Report on the working of the Ranchi Indian Mental Hospital, Kanke, in Bihar and Orissa - 1930-1940
Year: 1930
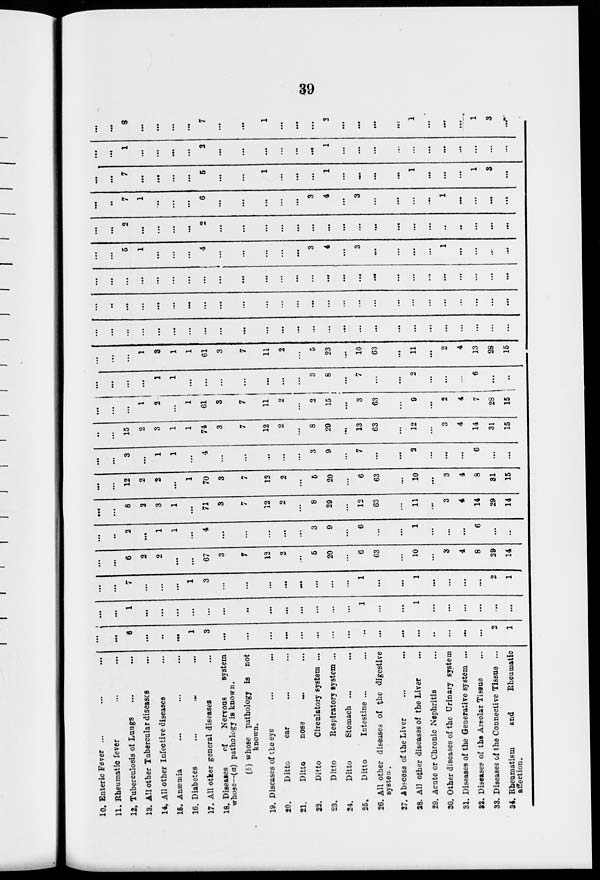
39
10. Enteric Fever ... ... ...
11. Rheumatic fever ... ...
12. Tuberculosis of Lungs ... ...
13. All other Tubercular diseases ...
14. All other Infective diseases ...
15. Anæmia ... ... ...
16. Diabetes ... ... ...
17. All other general diseases ...
18. Diseases
of
Nervous
system
whose—(a) pathology is known.
(b) whose pathology is not
known.
19. Diseases of the eye ... ...
20.
Ditto
ear ... ...
21.
Ditto
nose ... ...
22.
Ditto
Circulatory system ...
23.
Ditto
Respiratory system ...
24.
Ditto
Stomach ... ...
25.
Ditto
Intestine ... ...
26. All other diseases of the digestive
system.
27. Abscess of the Liver ... ...
28. All other diseases of the Liver ...
29. Acute or Chronic Nephritis ...
30. Other diseases of the Urinary system
31. Diseases of the Generative system ...
32. Diseases of the Areolar Tissue ...
33. Diseases of the Connective Tissue ...
34. Rheumatism
and
Rheumatic
affection.
...
...
6
...
...
...
1
3
...
...
...
...
...
...
...
...
...
...
...
...
...
...
...
...
2
1
...
...
1
...
...
...
...
...
...
...
...
...
...
...
...
...
1
...
...
1
...
...
...
...
...
...
...
...
7
...
...
...
1
3
...
...
...
...
...
...
...
...
1
...
...
1
...
...
...
...
2
1
...
...
6
2
2
...
...
67
3
7
12
2
...
5
20
...
6
63
...
10
...
3
4
8
29
14
...
...
2
...
1
1
...
4
...
...
...
...
...
3
9
...
6
...
...
1
...
...
...
6
...
...
...
...
8
2
3
1
...
71
3
7
12
2
...
8
29
...
12
63
...
11
...
3
4
14
29
14
...
...
12
2
2
...
1
70
3
7
12
2
...
5
20
...
6
63
...
10
...
3
4
8
31
15
...
...
3
...
1
1
...
4
...
...
...
...
...
3
9
...
7
...
...
2
...
...
...
6
...
...
...
...
15
2
3
1
1
74
3
7
12
2
...
8
29
...
13
63
...
12
...
3
4
14
31
15
...
...
...
1
2
...
1
61
3
7
11
2
...
2
15
...
3
63
...
9
...
2
4
7
28
15
...
...
...
...
1
1
...
...
...
...
...
...
...
3
8
...
7
...
...
2
...
...
...
6
...
...
...
...
...
1
3
1
1
61
3
7
11
2
...
5
23
...
10
63
...
11
...
2
4
13
28
15
...
...
...
...
...
...
...
...
...
...
...
...
...
...
...
...
...
...
...
...
...
...
...
...
...
...
...
...
...
...
...
...
...
...
...
...
...
...
...
...
...
...
...
...
...
...
...
...
...
...
...
...
...
...
...
...
...
...
...
...
...
...
...
...
...
...
...
...
...
...
...
...
...
...
...
...
...
...
...
...
5
1
...
...
...
4
...
...
...
...
...
3
4
...
3
...
...
...
...
1
...
...
...
...
...
...
2
...
...
...
...
2
...
...
...
...
...
...
...
...
...
...
...
...
...
...
...
...
...
...
...
...
7
1
...
...
...
6
...
...
...
...
...
3
4
...
3
...
...
...
...
1
...
...
...
...
...
...
7
...
...
...
...
5
...
...
1
...
...
...
1
...
...
...
...
1
...
...
...
1
3
...
...
...
1
...
...
...
...
2
...
...
...
...
...
...
1
...
...
...
...
...
...
...
...
...
...
...
...
...
8
...
...
...
...
7
...
...
1
...
...
...
2
...
...
...
...
1
...
...
...
1
3
...